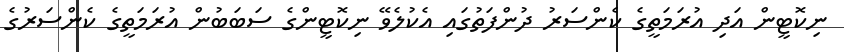
ނިކޮޓީން އަދި އުރަމަތީގެ ކެންސަރު ދުންފަތުގައި އެކުލެވޭ ނިކޮޓީންގެ ސަބަބުން އުރަމަތީގެ ކެންސަރުގެ